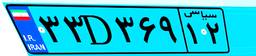
۳۳D۳۶۹۱۲